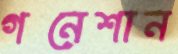
গনেশান